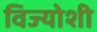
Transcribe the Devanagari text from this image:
विज्योशी